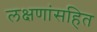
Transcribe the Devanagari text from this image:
लक्षणांसहित